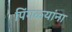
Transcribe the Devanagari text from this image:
पिंगळ्यांना